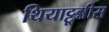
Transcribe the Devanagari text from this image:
थियाट्टून्नीस